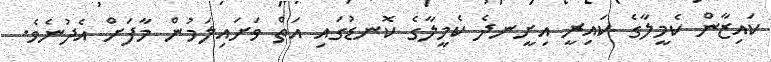
ކައިޒާން ކެމީލާގެ ކައިރީ އިށީނދެ ކެމީލާގެ ކޮނޑުގައި އަތް ވަށައިލަމުން މާފަށް އެދުނެވެ.